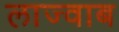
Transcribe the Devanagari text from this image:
लाज्वाब